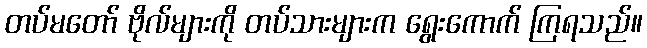
တပ်မတော် ဗိုလ်များကို တပ်သားများက ရွေးကောက် ကြရသည်။